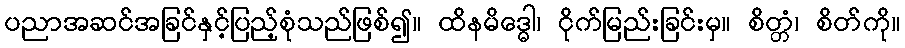
ပညာအဆင်အခြင်နှင့်ပြည့်စုံသည်ဖြစ်၍။ ထိနမိဒ္ဓေါ၊ ငိုက်မြည်းခြင်းမှ။ စိတ္တံ၊ စိတ်ကို။